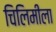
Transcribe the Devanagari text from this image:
चिलिमीला